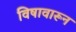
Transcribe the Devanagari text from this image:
विषावारून